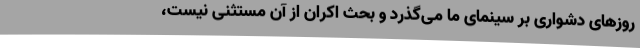
روزهای دشواری بر سینمای ما می‌گذرد و بحث اکران از آن مستثنی نیست،